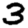
Digit: 3